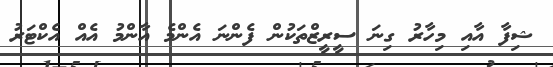
ޝިފާ އާއި މިހާރު ގިނަ ސީރީޒްތަކުން ފެންނަ އެންމެ އާންމު އެއް އެކްޓަރު